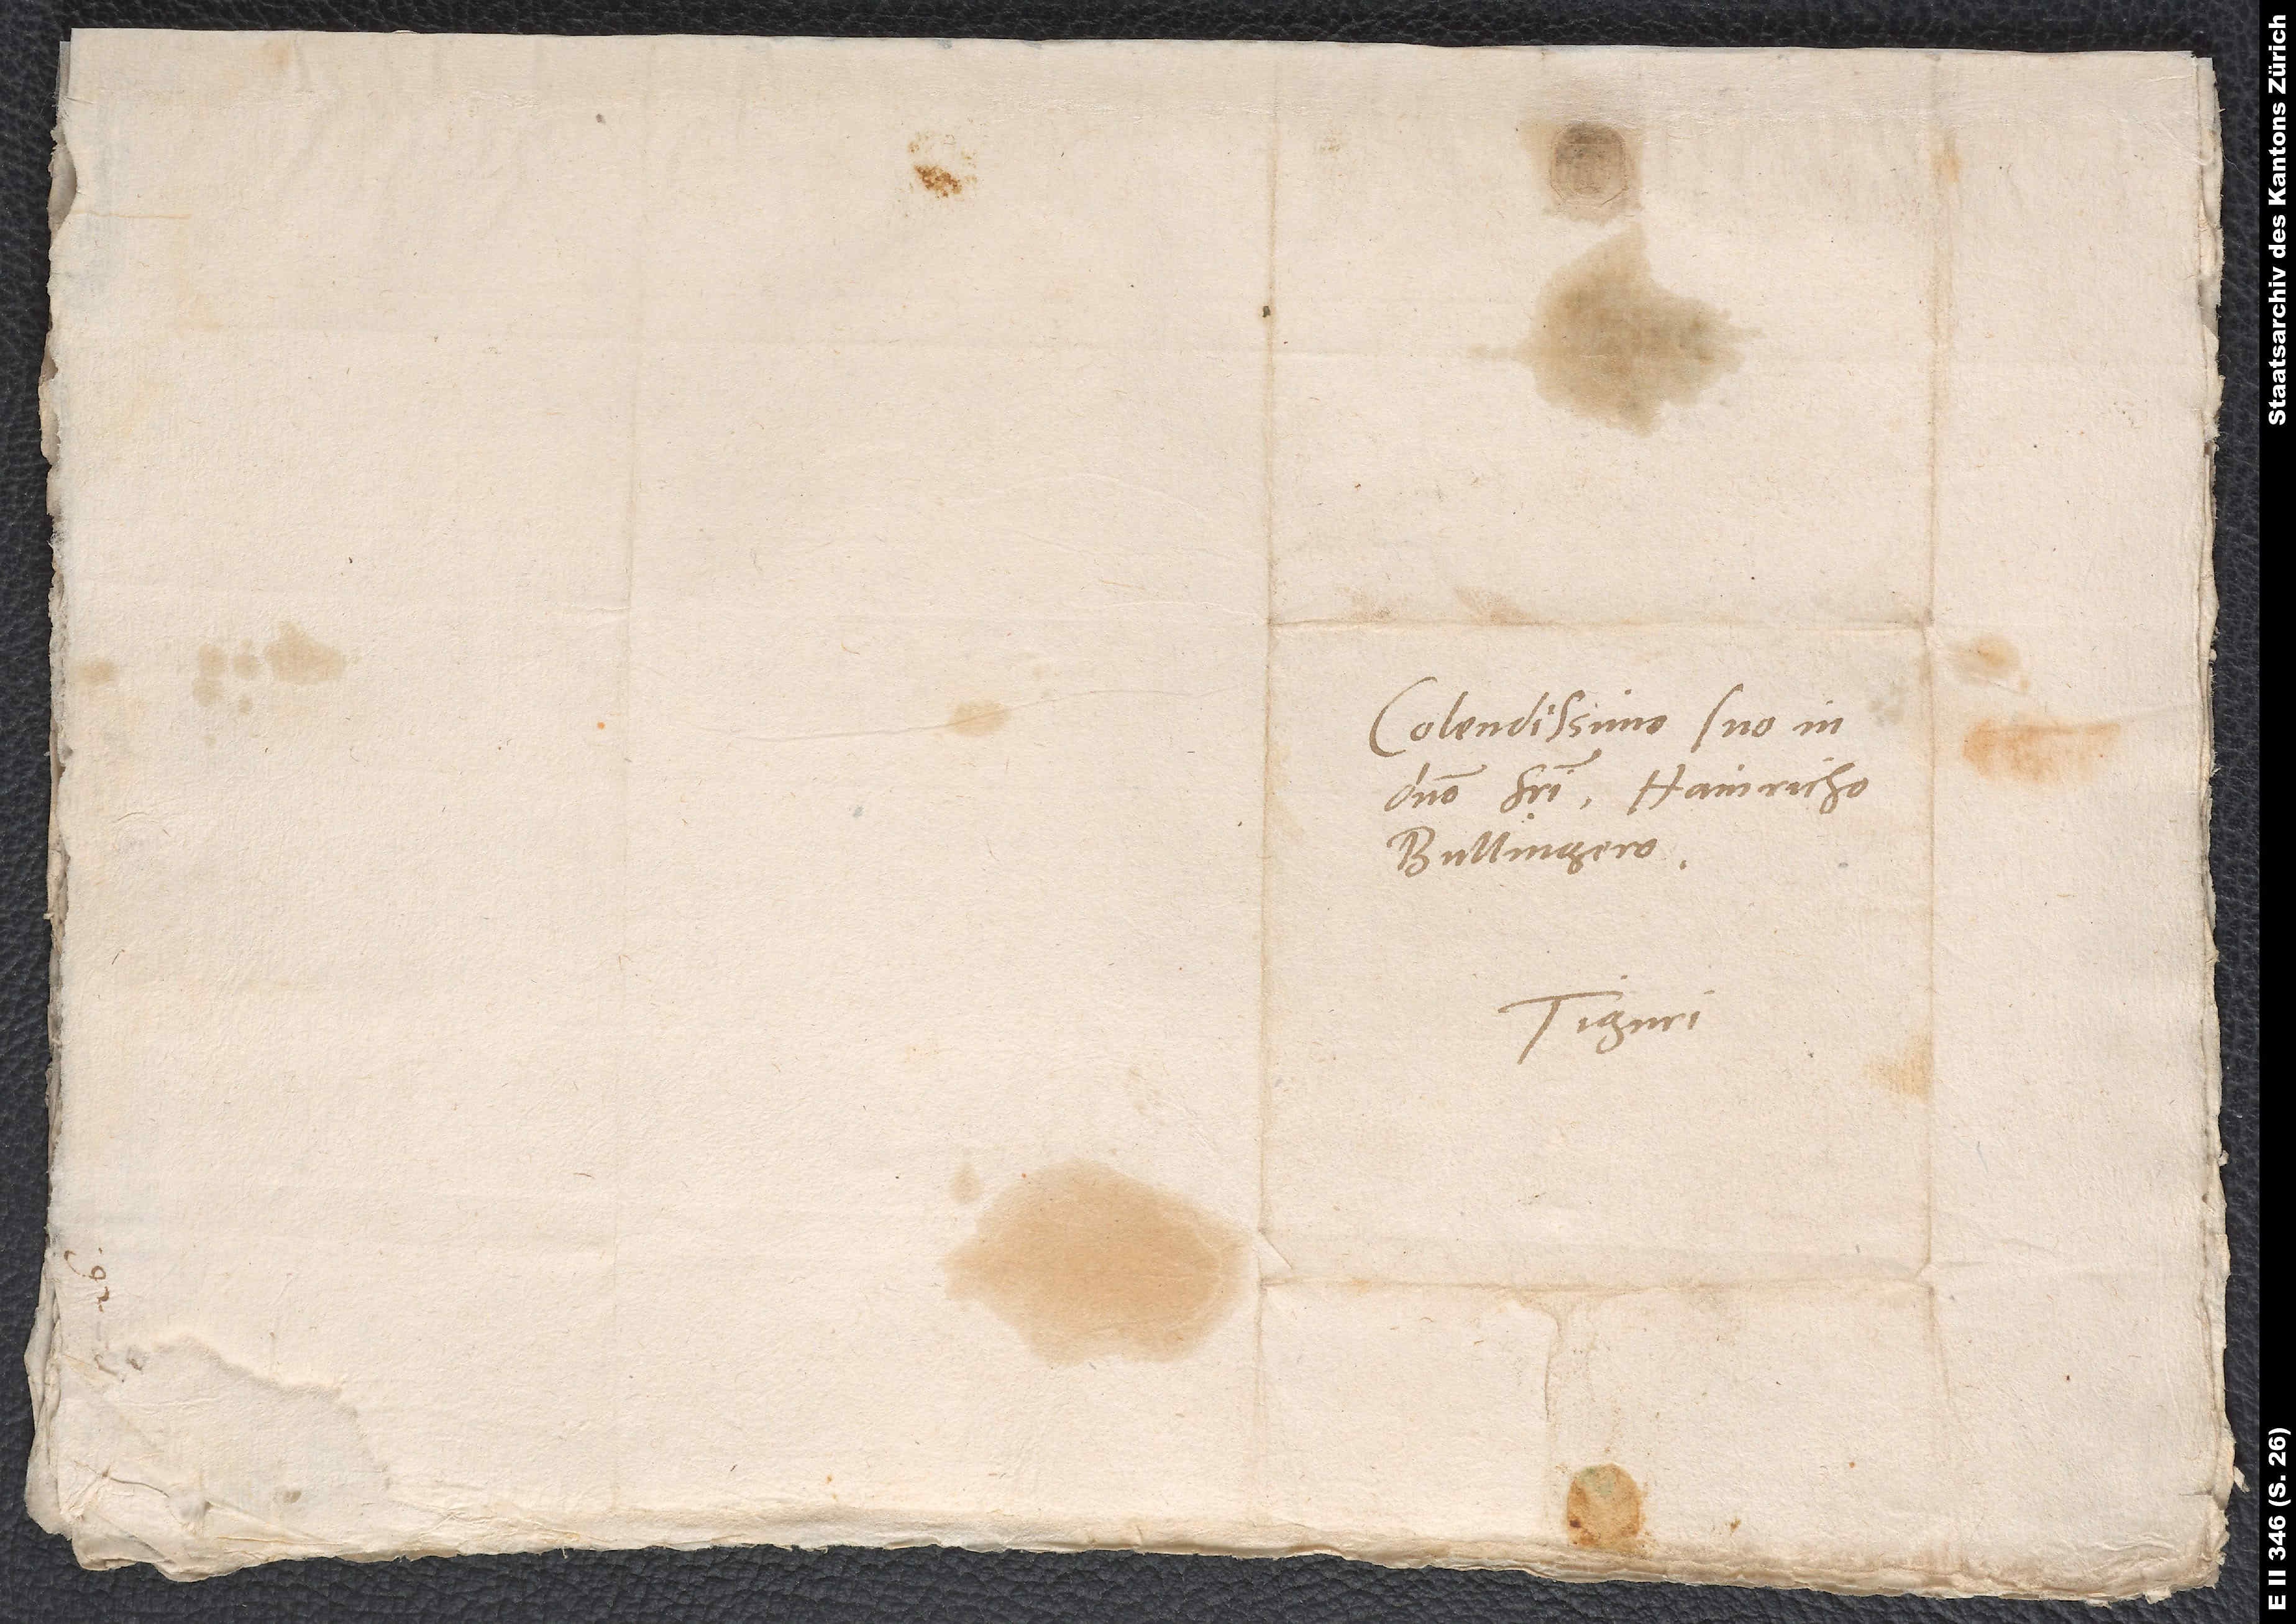
Colendissimo suo in
domino fratri Hainricho
Bullingero,
Tiguri.